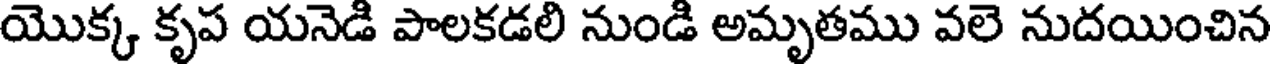
యొక్క కృప యనెడి పాలకడలి నుండి అమృతము వలె నుదయించిన